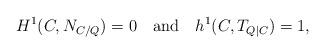
LaTeX: \begin{align*}H^1(C,N_{C/Q})=0 \ \ \mbox{ and } \ \ h^1(C, T_{Q|C})=1,\end{align*}